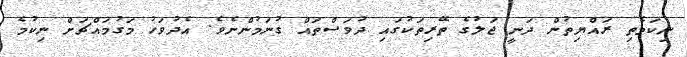
ނިކަމެތި ރައްޔިތުން ދަނީ ޖަލުގެ ތޭރިތަކުގައި ދުވަސްތައް ގުނަމުންނެވެ. އެދުވަހު މަގުމައްޗަށް ނިކުމެ